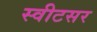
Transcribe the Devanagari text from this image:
स्वीटसर